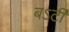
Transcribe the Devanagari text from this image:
बऽर्टी